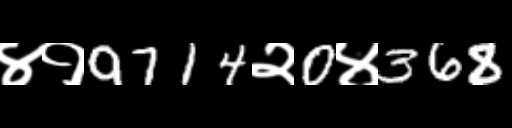
Text: ४१9714२0४368